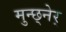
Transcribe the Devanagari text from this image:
मुन्छ्नेर्